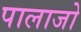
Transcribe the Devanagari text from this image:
पालाजो